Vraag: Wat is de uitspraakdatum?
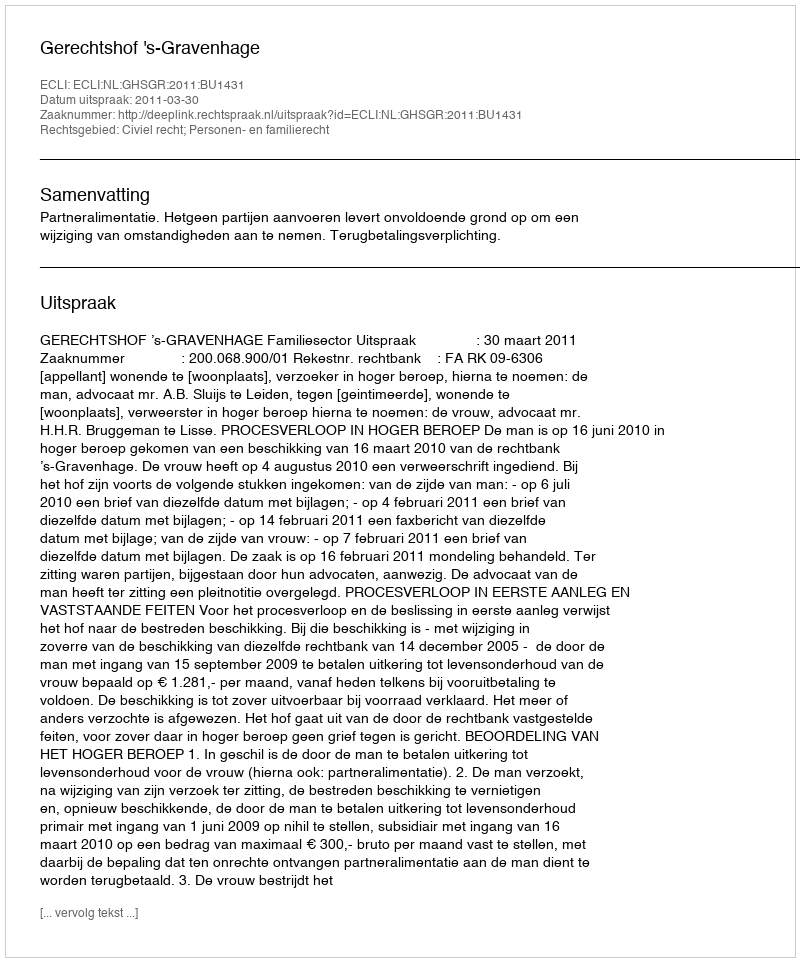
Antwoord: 2011-03-30